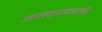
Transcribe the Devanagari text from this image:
अमरदासबाबांची